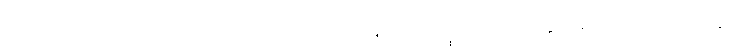
ကောင်းကင်ယံ အလင်းညစ်ညမ်းမှု လျှော့ချရေးကိစ္စကို သက်ဆိုင်ရာ ကုမ္ပဏီတွေနဲ့